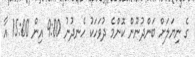
ގެ ނިޔަލަށް ބަންދުނޫން ކޮންމެ ދުވަހަކު ހެނދުނު 9:00 އިން 15:00 އާ